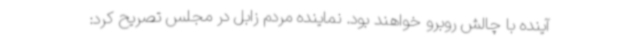
آینده با چالش روبرو خواهند بود. نماینده مردم زابل در مجلس تصریح کرد: